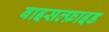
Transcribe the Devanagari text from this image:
बाइसल्फ़ाइड